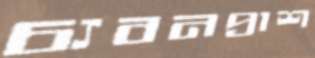
চ্যবনপ্রাশ